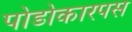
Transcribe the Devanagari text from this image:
पोडोकारपस